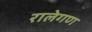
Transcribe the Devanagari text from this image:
रालेगण